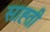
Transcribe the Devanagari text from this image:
साह्ती